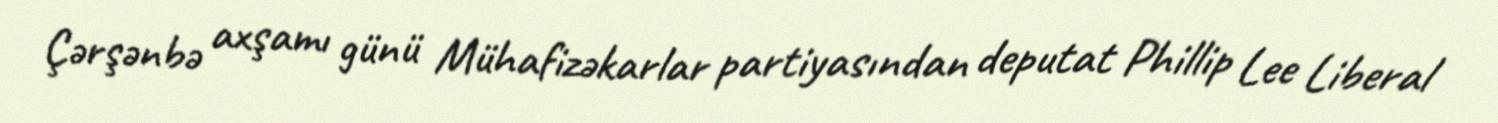
Çərşənbə axşamı günü Mühafizəkarlar partiyasından deputat Phillip Lee Liberal